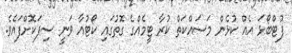
ފުޓްބޯޅަ އެއް ކުޅެން މަސައްކަތް ކުރާ ޓީމެއްގެ ގޮތުގައި ކޯޓުއާ ވަނީ ސިފަކޮށްފައެވެ.